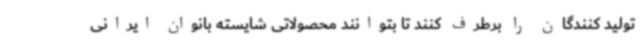
تولید کنندگان را برطرف کنند تا بتوانند محصولاتی شایسته بانوان ایرانی